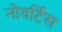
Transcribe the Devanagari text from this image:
नोवर्टिस